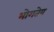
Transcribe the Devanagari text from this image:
भोगतेय